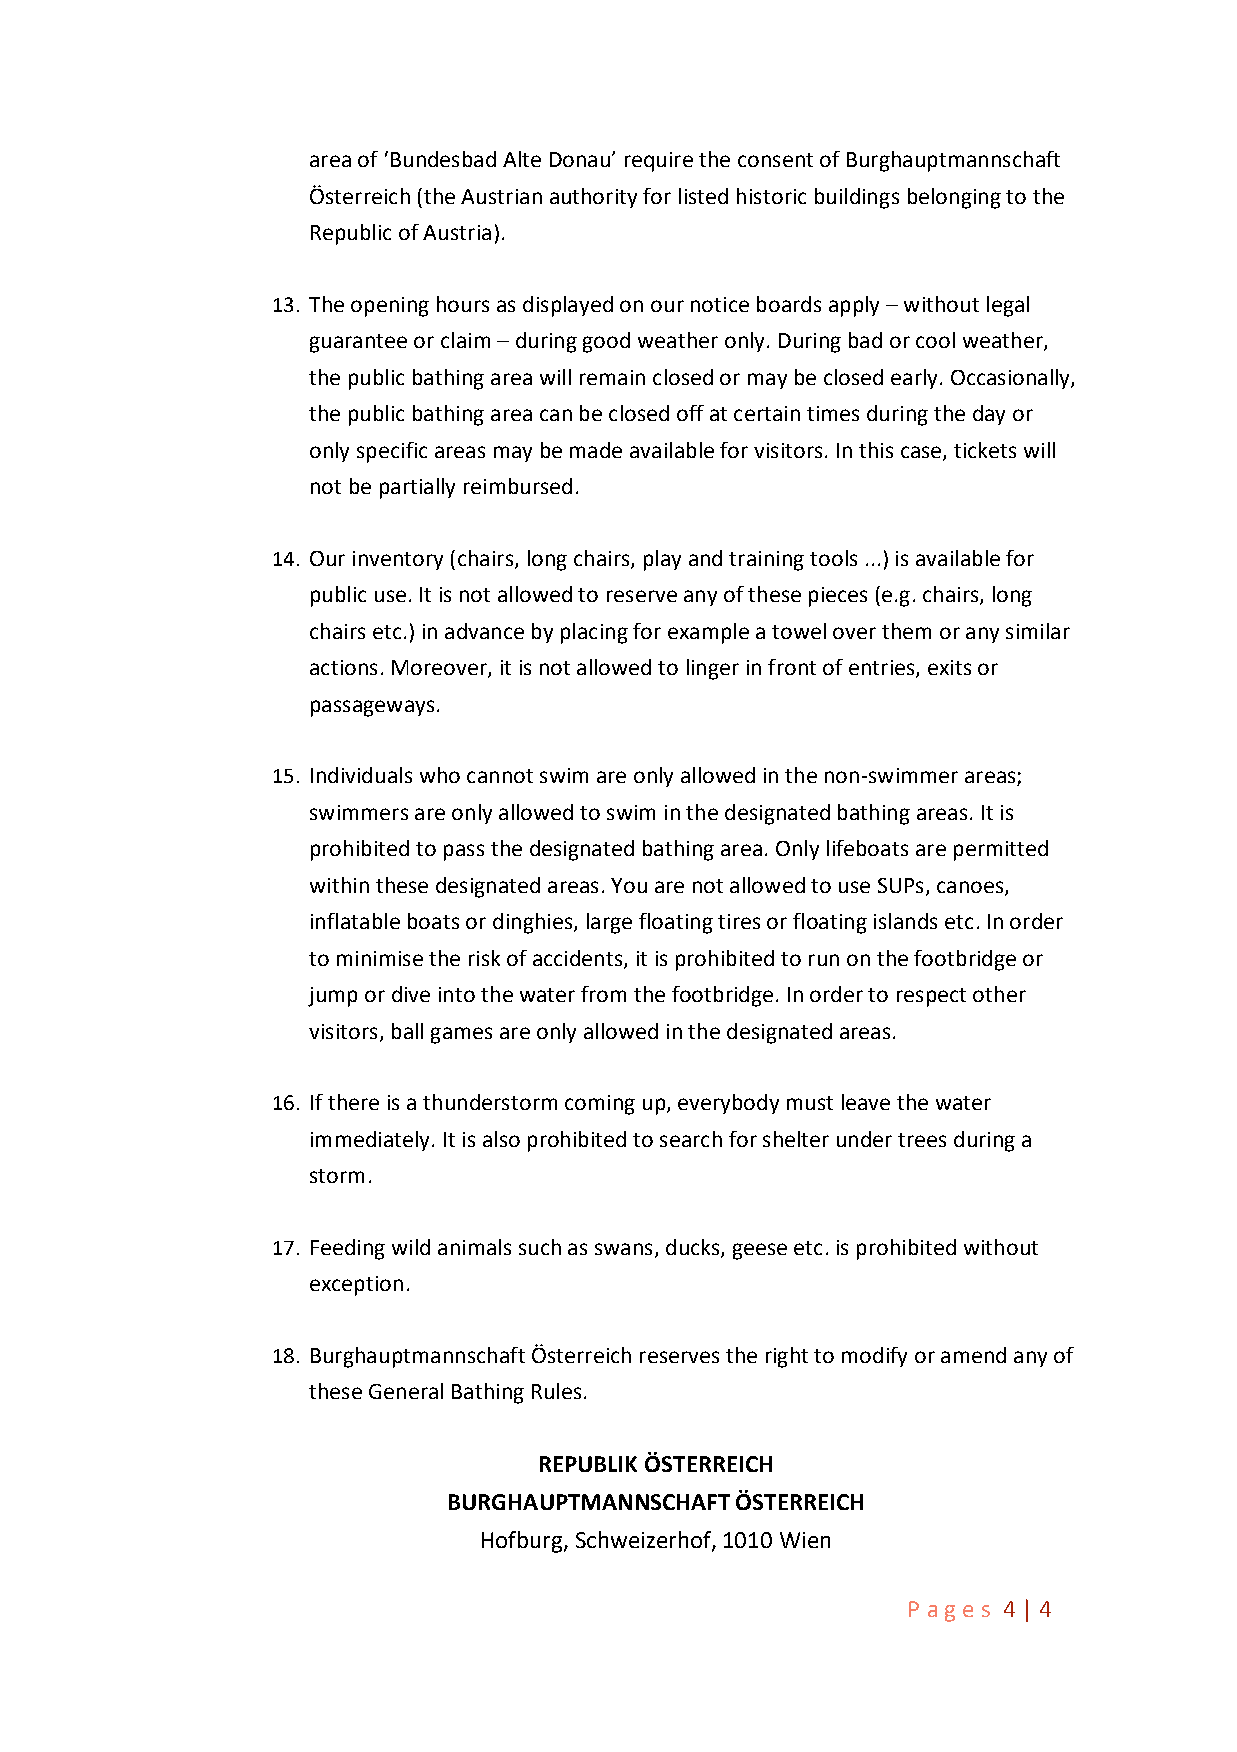
area of ‘Bundesbad Alte Donau’ require the consent of Burghauptmannschaft
 Österreich (the Austrian authority for listed historic buildings belonging to the
 Republic of Austria).
 13. The opening hours as displayed on our notice boards apply – without legal
 guarantee or claim – during good weather only. During bad or cool weather,
 the public bathing area will remain closed or may be closed early. Occasionally,
 the public bathing area can be closed off at certain times during the day or
 only specific areas may be made available for visitors. In this case, tickets will
 not be partially reimbursed.
 14. Our inventory (chairs, long chairs, play and training tools ...) is available for
 public use. It is not allowed to reserve any of these pieces (e.g. chairs, long
 chairs etc.) in advance by placing for example a towel over them or any similar
 actions. Moreover, it is not allowed to linger in front of entries, exits or
 passageways.
 15. Individuals who cannot swim are only allowed in the non-swimmer areas;
 swimmers are only allowed to swim in the designated bathing areas. It is
 prohibited to pass the designated bathing area. Only lifeboats are permitted
 within these designated areas. You are not allowed to use SUPs, canoes,
 inflatable boats or dinghies, large floating tires or floating islands etc. In order
 to minimise the risk of accidents, it is prohibited to run on the footbridge or
 jump or dive into the water from the footbridge. In order to respect other
 visitors, ball games are only allowed in the designated areas.
 16. If there is a thunderstorm coming up, everybody must leave the water
 immediately. It is also prohibited to search for shelter under trees during a
 storm.
 17. Feeding wild animals such as swans, ducks, geese etc. is prohibited without
 exception.
 18. Burghauptmannschaft Österreich reserves the right to modify or amend any of
 these General Bathing Rules.
 REPUBLIK ÖSTERREICH
 BURGHAUPTMANNSCHAFT ÖSTERREICH
 Hofburg, Schweizerhof, 1010 Wien
 P a ge s 4 | 4